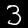
Label: 3